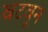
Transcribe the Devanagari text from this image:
वटवून